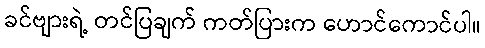
ခင်ဗျားရဲ့ တင်ပြချက် ကတ်ပြားက ဟောင်ကောင်ပါ။